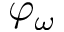
\varphi _ { \omega }